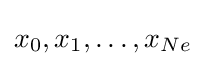
x_{0},x_{1},\dots ,x_{Ne}